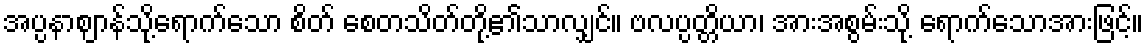
အပ္ပနာဈာန်သို့ရောက်သော စိတ် စေတသိတ်တို့၏သာလျှင်။ ဗလပ္ပတ္တိယာ၊ အားအစွမ်းသို့ ရောက်သောအားဖြင့်။